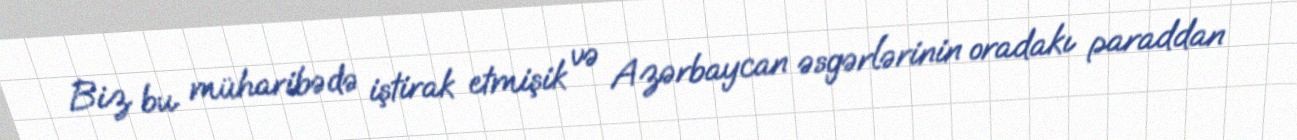
Biz bu müharibədə iştirak etmişik və Azərbaycan əsgərlərinin oradakı paraddan